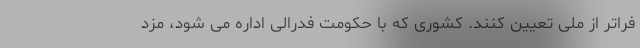
فراتر از ملی تعیین کنند. کشوری که با حکومت فدرالی اداره می شود، مزد